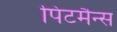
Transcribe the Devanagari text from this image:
पिटमैन्स